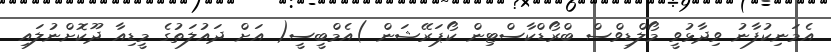
އެމަނިކުފާނު ވިދާޅުވީ މޯލްޑިވްސް ބްރޯޑްކާސްޓިން ކޯޕަރޭޝަން )އެމްބީސީ( އަށް ދައުލަތުގެ މީޑިއާ ދޫކޮށްނުލައި